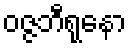
ဝဇ္ဇဘီရုနော